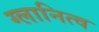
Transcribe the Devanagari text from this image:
ग्लानित्व